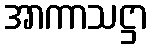
အာကာသဋ္ဌာ